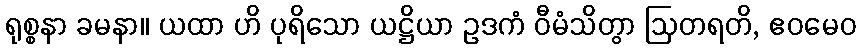
ရုစ္စနာ ခမနာ။ ယထာ ဟိ ပုရိသော ယဋ္ဌိယာ ဥဒကံ ဝီမံသိတွာ ဩတရတိ, ဧဝမေဝ